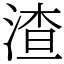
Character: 渣